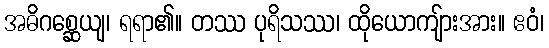
အဓိဂစ္ဆေယျ၊ ရရာ၏။ တဿ ပုရိသဿ၊ ထိုယောကျ်ားအား။ ဧဝံ၊